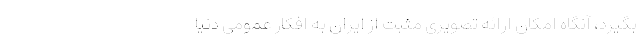
بگیرد، آنگاه امکان ارائه تصویری مثبت از ایران به افکار عمومی دنیا